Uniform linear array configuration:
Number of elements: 8
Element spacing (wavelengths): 0.25
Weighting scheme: blackman
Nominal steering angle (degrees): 0
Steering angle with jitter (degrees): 0.5716
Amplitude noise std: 0.05
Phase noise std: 0.05

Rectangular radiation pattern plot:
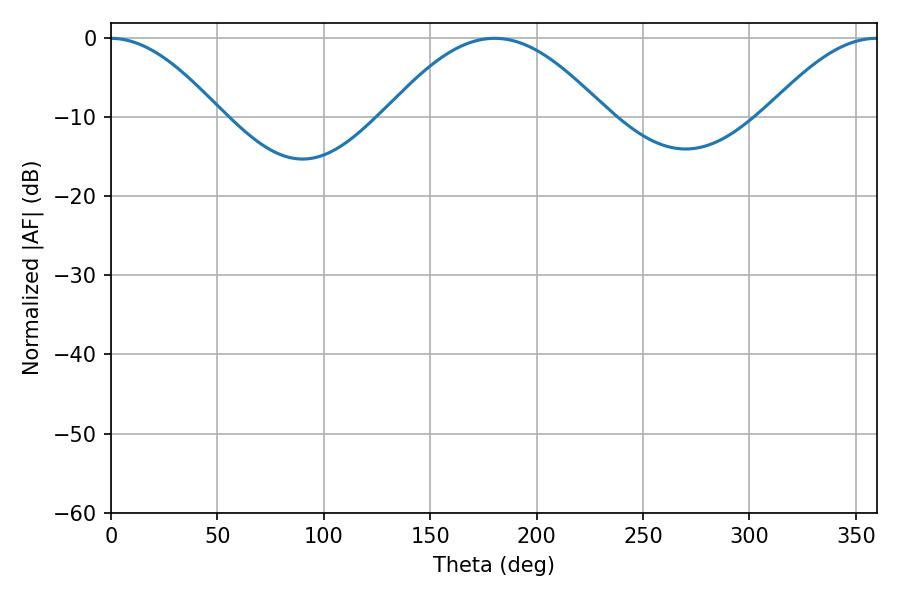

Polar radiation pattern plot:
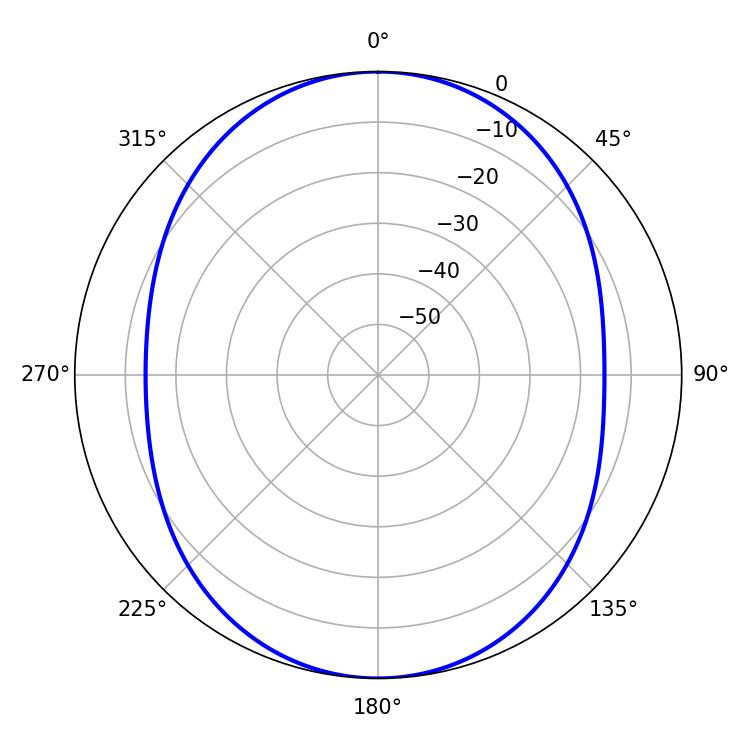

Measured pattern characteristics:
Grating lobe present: FALSE
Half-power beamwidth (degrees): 55.98
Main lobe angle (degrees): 180.18